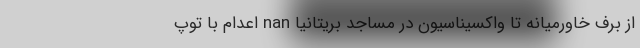
از برف خاورمیانه تا واکسیناسیون در مساجد بریتانیا nan اعدام با توپ